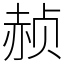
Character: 赪